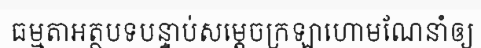
ធម្មតាអត្ថបទបន្ទាប់សម្តេចក្រឡាហោមណែនាំឲ្យ